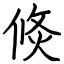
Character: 倐